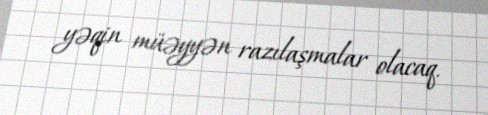
yəqin müəyyən razılaşmalar olacaq.